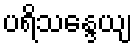
ပရိသန္ဒေယျ